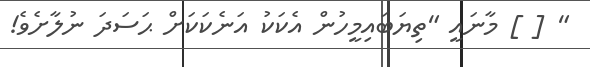
" [ ] މާނައީ "ތިޔަބައިމީހުން އެކަކު އަނެކަކަށް ޙަސަދަ ނުލާށެވެ!